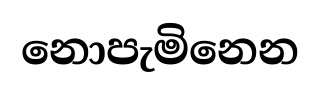
නොපැමිනෙන